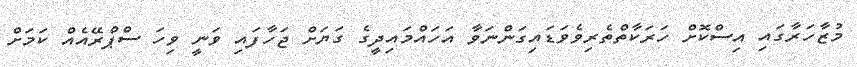
މުޒާހަރާގައި އިސްކޮށް ހަރަކާތްތެރިވެވަޑައިގަންނަވާ އަހައްމައިދީގެ ގަޔަށް ޖަހާފައި ވަނީ ވިހަ ސްޕްރޭއެއް ކަމަށް